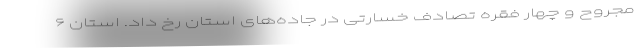
مجروح و چهار فقره تصادف خسارتی در جاده‌های استان رخ داد. استان ۶